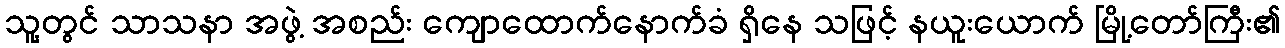
သူ့တွင် သာသနာ အဖွဲ့ အစည်း ကျောထောက်နောက်ခံ ရှိနေ သဖြင့် နယူးယောက် မြို့တော်ကြီး၏